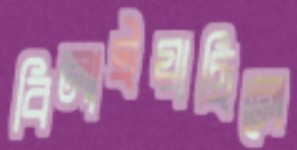
বিলাইয়াছিলে